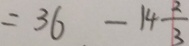
= 3 6 - 1 4 \frac { 2 } { 3 }